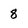
Character: 8